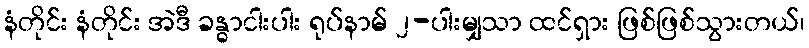
နံတိုင်း နံတိုင်း အဲဒီ ခန္ဓာငါးပါး ရုပ်နာမ် ၂-ပါးမျှသာ ထင်ရှား ဖြစ်ဖြစ်သွားတယ်၊